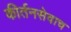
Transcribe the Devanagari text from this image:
कीर्तनसेवाच